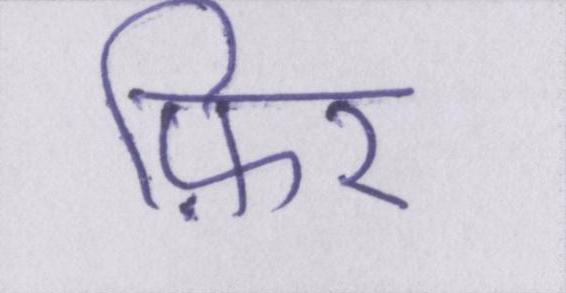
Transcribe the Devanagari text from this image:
फ़िर